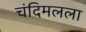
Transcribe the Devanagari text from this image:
चंदिमलला